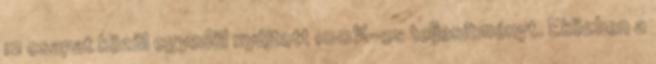
12 csapat közül egyedül nyújtott 100%-os teljesítményt. Eközben a